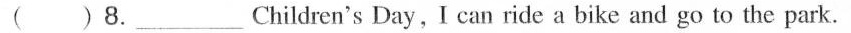
( )8.___Children's Day, I can ride a bike and go to the park.